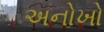
અનોખો